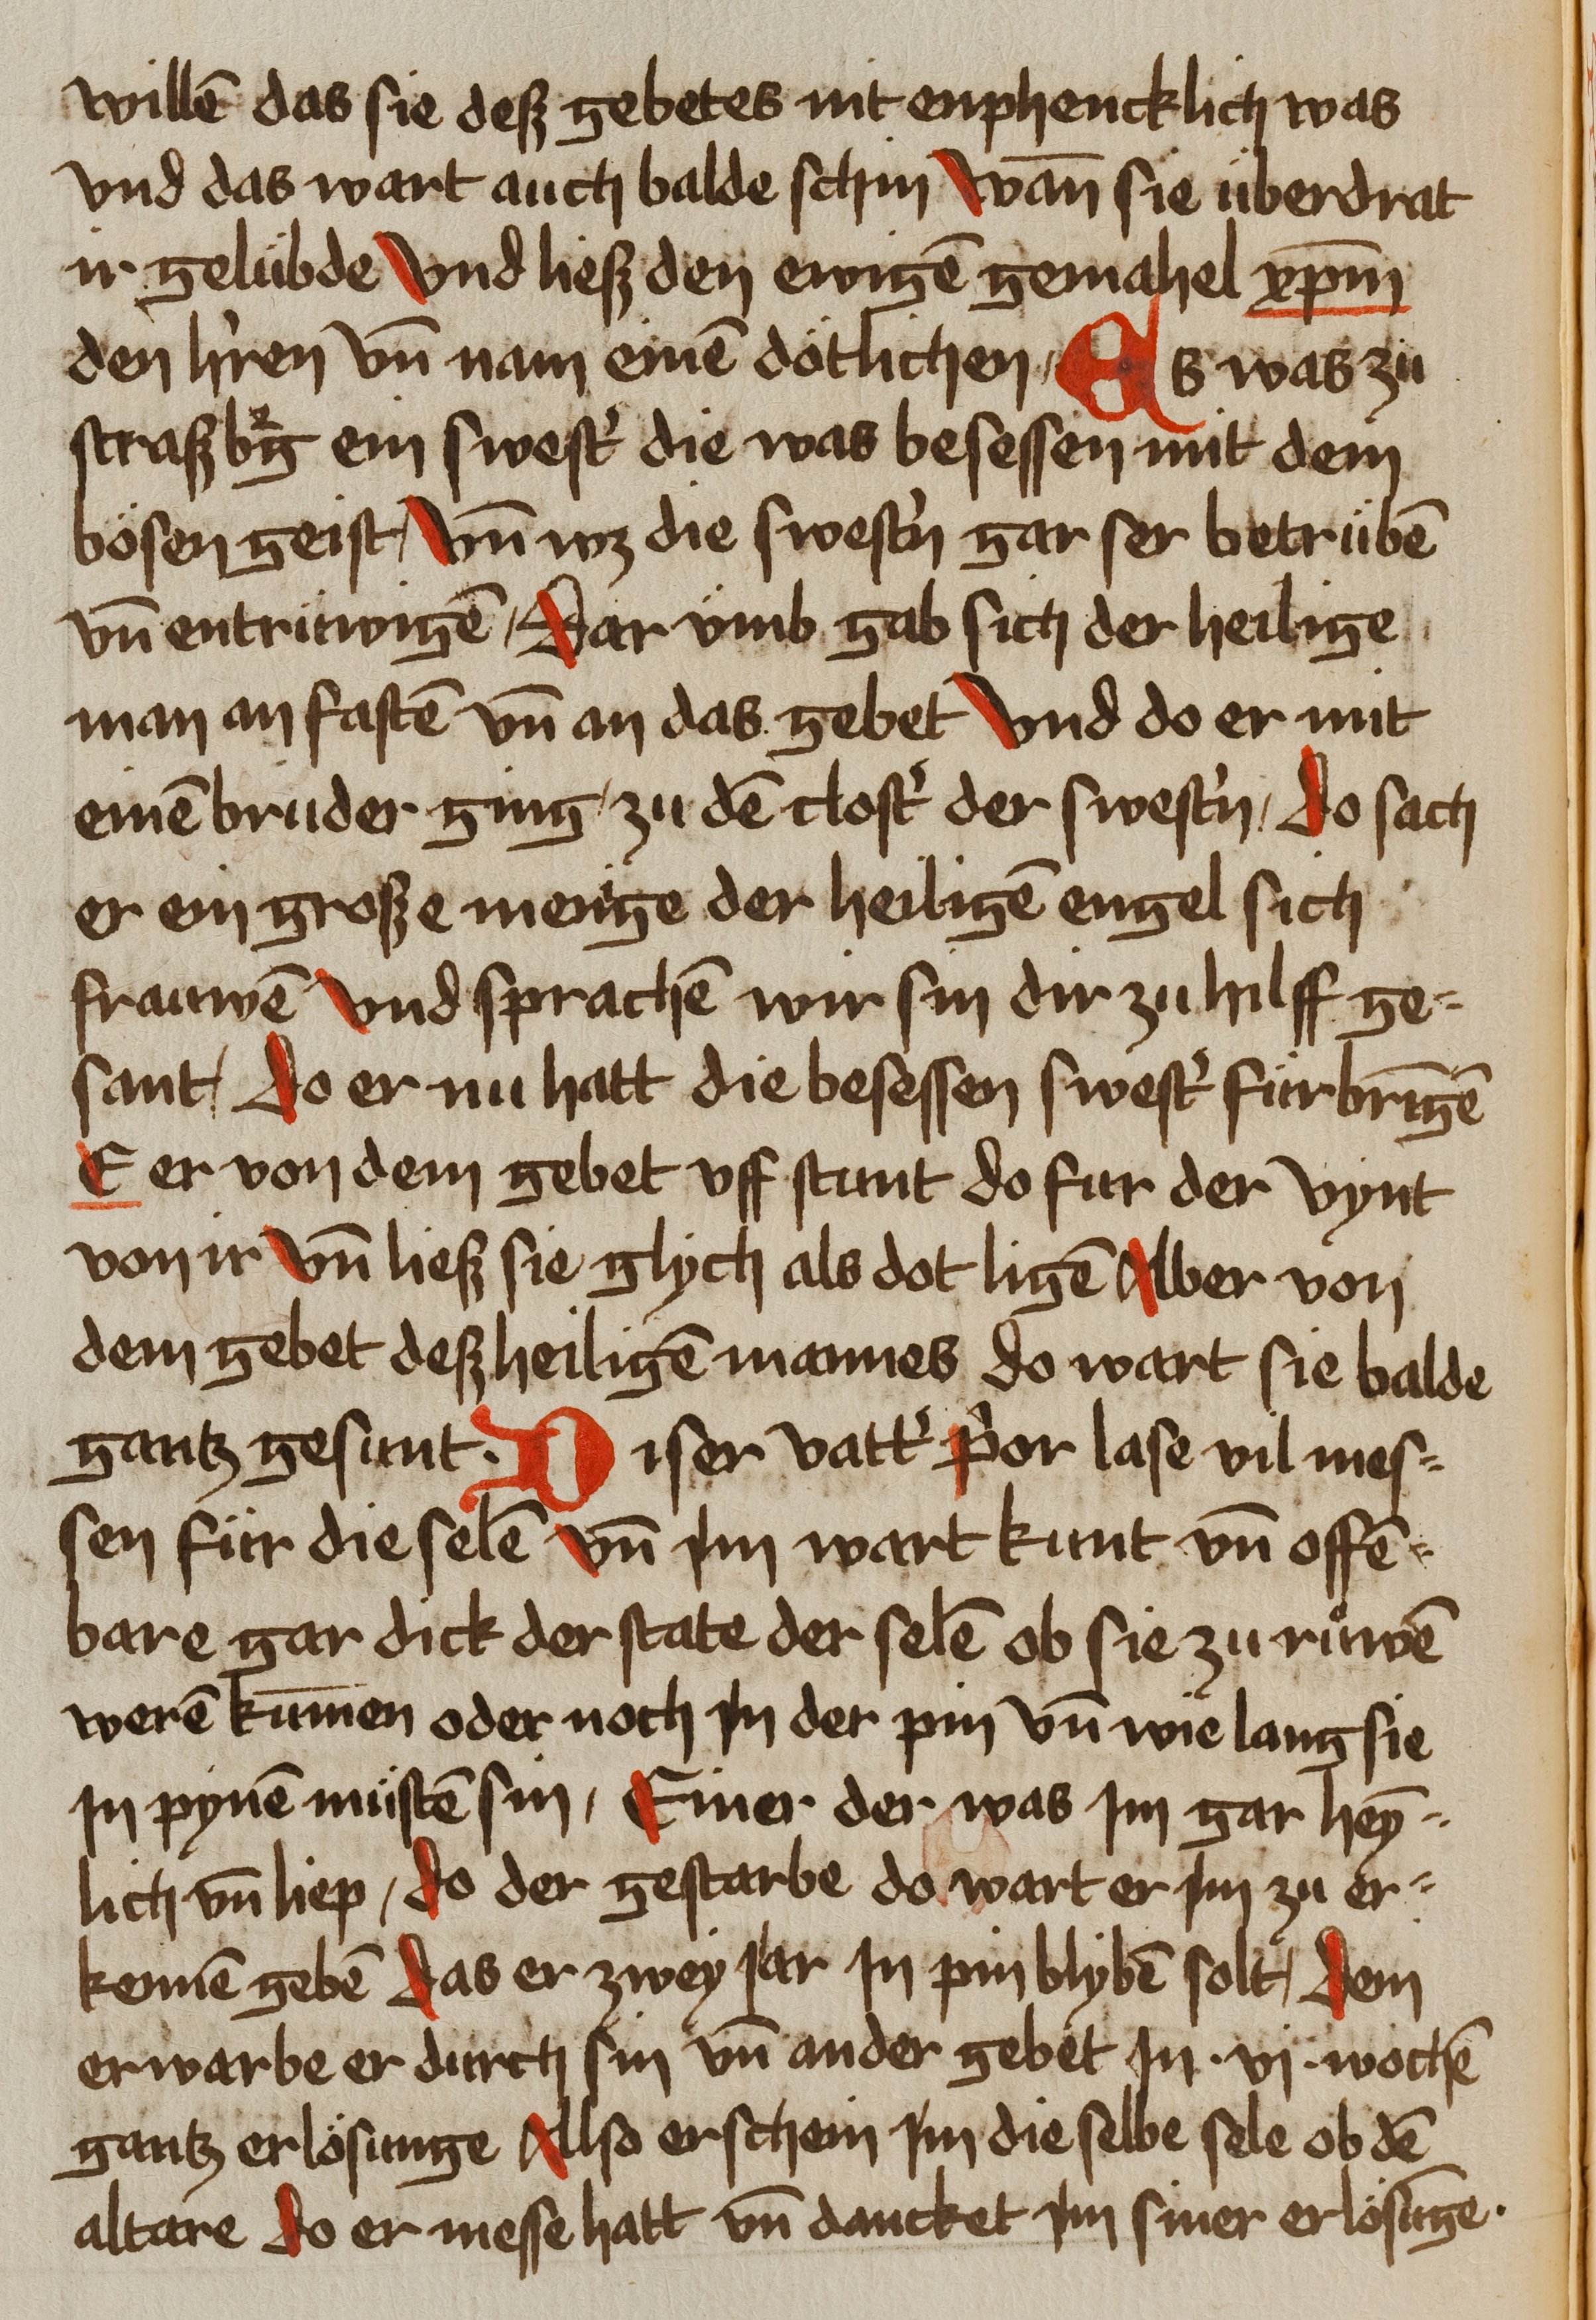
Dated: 1459–1489